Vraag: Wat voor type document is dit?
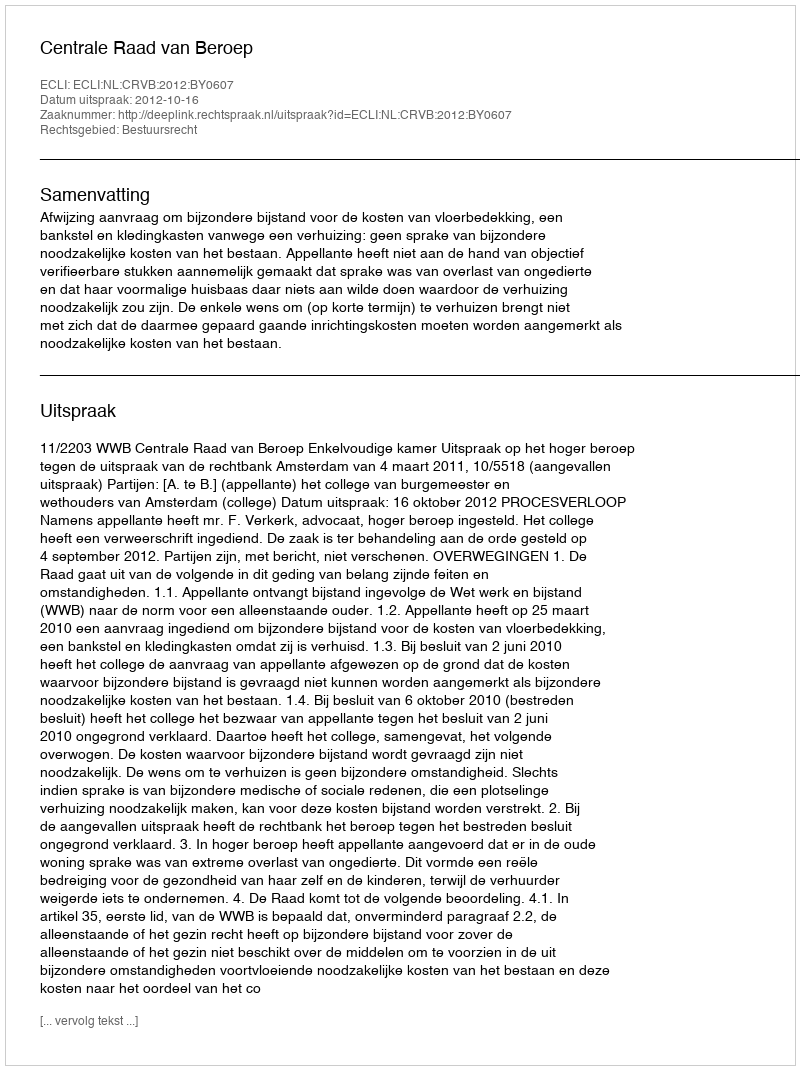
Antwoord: Uitspraak